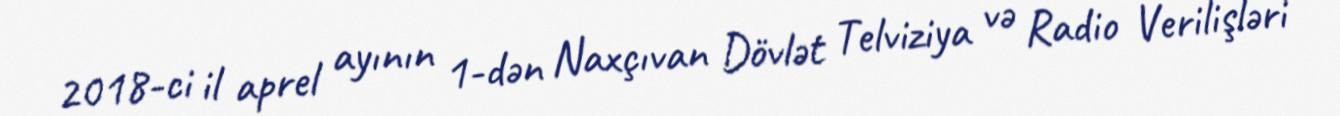
2018-ci il aprel ayının 1-dən Naxçıvan Dövlət Telviziya və Radio Verilişləri